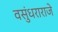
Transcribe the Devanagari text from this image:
वसुंधराराजे